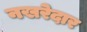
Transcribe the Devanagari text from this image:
नखरेदार